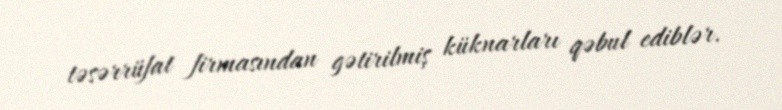
təsərrüfat firmasından gətirilmiş küknarları qəbul ediblər.